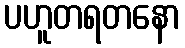
ပဟူတရတနော